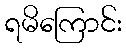
ရမိကြောင်း